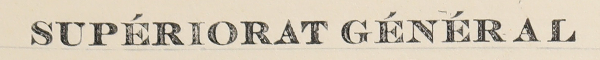
SUPÉRIORAT GÉNÉRAL